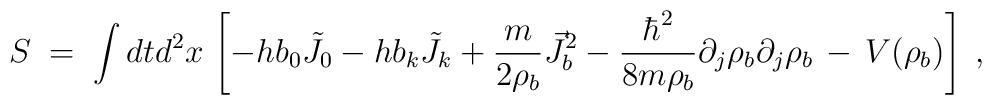
S\;=\; \int dt d^2x \, \left[ -h b_0 {\tilde J}_0 - h b_k {\tilde J}_k+ \frac{m}{2 \rho_b} {\vec J}^2_b - \frac{\hbar^2}{8 m \rho_b}\partial_j\rho_b \partial_j \rho_b \,-\, V(\rho_b) \right] \;,